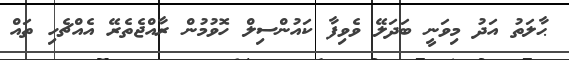
ޙާލަތު އަދު މިވަނީ ބަދަލޭ ވެވިފާ ކައުންސިލް ހޮވުމުން ރާއްޖެތެރޭ އެއްޗެހި ތައް